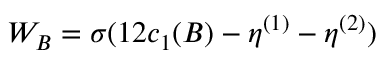
W _ { B } = \sigma ( 1 2 c _ { 1 } ( B ) - \eta ^ { ( 1 ) } - \eta ^ { ( 2 ) } )